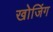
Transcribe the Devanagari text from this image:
खोजिंग